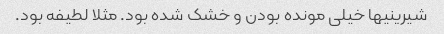
شیرینیها خیلی مونده بودن و خشک شده بود. مثلا لطیفه بود.